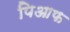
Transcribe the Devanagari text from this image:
पिआफ